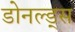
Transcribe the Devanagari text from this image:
डोनल्ड्स